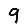
Digit: 9